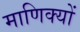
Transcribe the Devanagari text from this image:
माणिक्यों